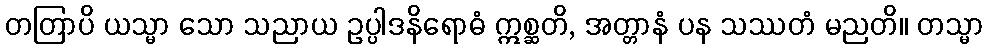
တတြာပိ ယသ္မာ သော သညာယ ဥပ္ပါဒနိရောဓံ ဣစ္ဆတိ, အတ္တာနံ ပန သဿတံ မညတိ။ တသ္မာ